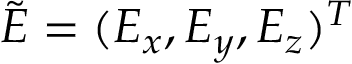
\tilde { \boldsymbol { E } } = ( E _ { x } , E _ { y } , E _ { z } ) ^ { T }